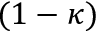
( 1 - \kappa )